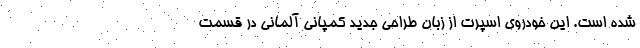
شده است. این خودروی اسپرت از زبان طراحی جدید کمپانی آلمانی در قسمت